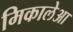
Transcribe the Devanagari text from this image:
मिकालेआ